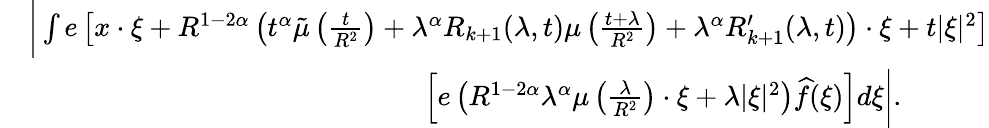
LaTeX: \begin{array}{rl}&{\bigg|\int e\left[x\cdot\xi+R^{1-2\alpha}\left(t^{\alpha}\tilde{\mu}\left(\frac{t}{R^{2}}\right)+\lambda^{\alpha}R_{k+1}(\lambda,t)\mu\left(\frac{t+\lambda}{R^{2}}\right)+\lambda^{\alpha}R_{k+1}^{\prime}(\lambda,t)\right)\cdot\xi+t|\xi|^{2}\right]}\\ &{\quad\quad\quad\quad\quad\quad\quad\quad\quad\quad\quad\quad\quad\quad\left[e\left(R^{1-2\alpha}\lambda^{\alpha}\mu\left(\frac{\lambda}{R^{2}}\right)\cdot\xi+\lambda|\xi|^{2}\right)\widehat{f}(\xi)\right]d\xi\bigg|.}\end{array}